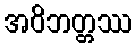
အဝိဘတ္တဿ